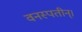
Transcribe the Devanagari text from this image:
वनस्पतीन्।